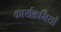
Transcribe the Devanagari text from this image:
कार्यक्रमियों